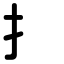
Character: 扌